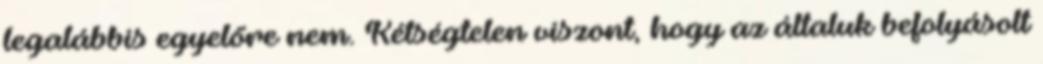
legalábbis egyelőre nem. Kétségtelen viszont, hogy az általuk befolyásolt